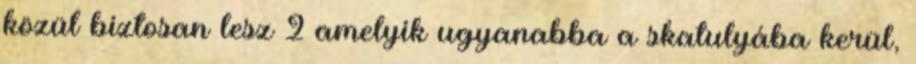
közül biztosan lesz 2 amelyik ugyanabba a skatulyába kerül,